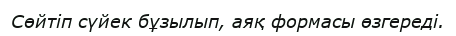
Сөйтіп сүйек бұзылып, аяқ формасы өзгереді.